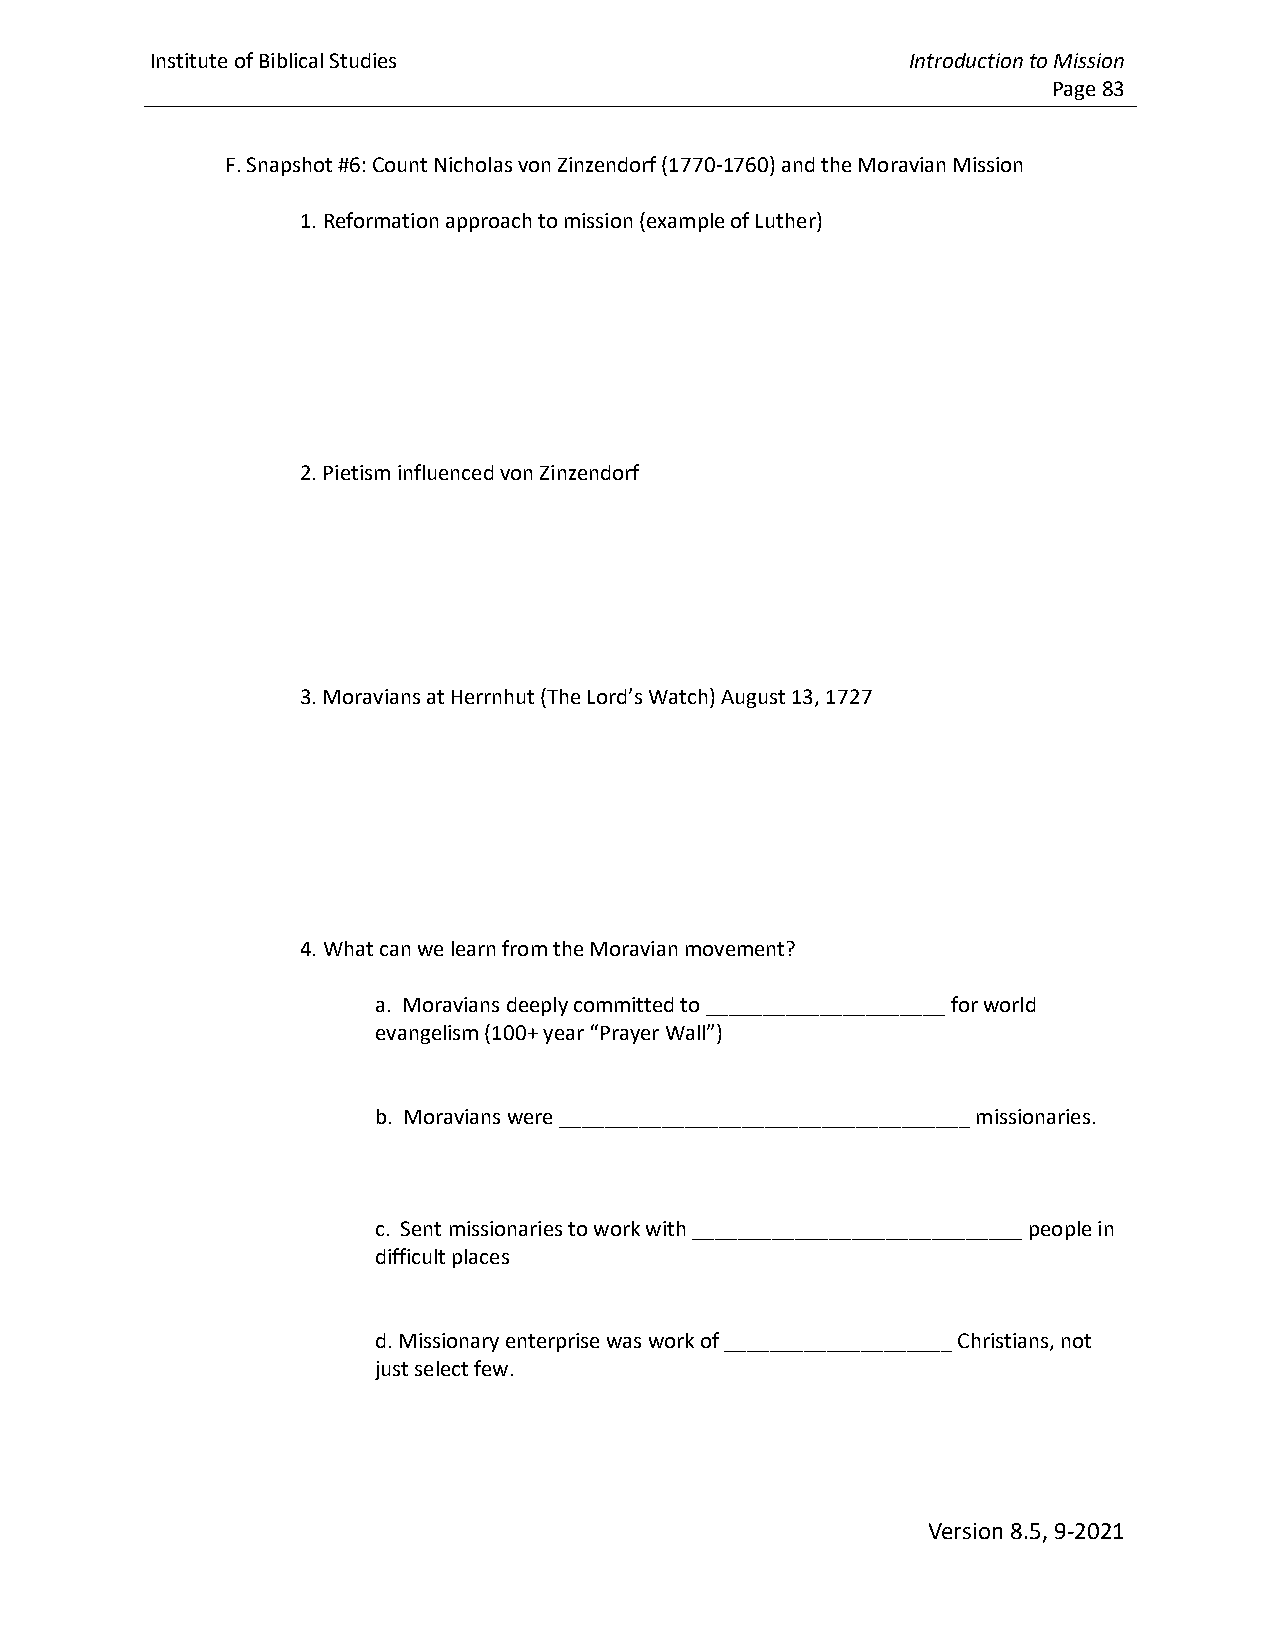
Institute of Biblical Studies                     Introduction to Mission
 Page 83
 F. Snapshot #6: Count Nicholas von Zinzendorf (1770-1760) and the Moravian Mission
 1. Reformation approach to mission (example of Luther)
 2. Pietism influenced von Zinzendorf
 3. Moravians at Herrnhut (The Lord’s Watch) August 13, 1727
 4. What can we learn from the Moravian movement?
 a. Moravians deeply committed to _____________________ for world
 evangelism (100+ year “Prayer Wall”)
 b. Moravians were ____________________________________ missionaries.
 c. Sent missionaries to work with _____________________________ people in
 difficult places
 d. Missionary enterprise was work of ____________________ Christians, not
 just select few.
 Version 8.5, 9-2021